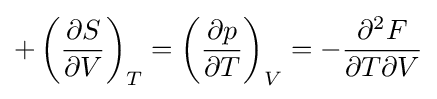
+\left({\frac {\partial S}{\partial V}}\right)_{T}=\left({\frac {\partial p}{\partial T}}\right)_{V}=-{\frac {\partial ^{2}F}{\partial T\partial V}}